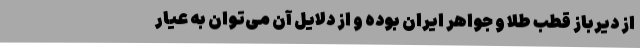
از دیرباز قطب طلا و جواهر ایران بوده و از دلایل آن می‌توان به عیار